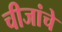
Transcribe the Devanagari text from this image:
चीजांचे